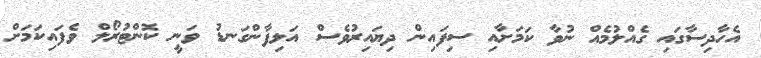
އެހާދިސާގައި ގެއްލުމެއް ނުވާ ކަމަށާއި ސިފައިން ދިޔައިރުވެސް އަލިފާންގަނޑު ވަނީ ކޮންޓުރޯލް ވެފައިކަމަށް